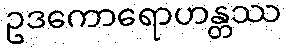
ဥဒကောရောဟန္တဿ